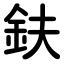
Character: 鈇